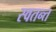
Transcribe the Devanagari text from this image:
स्वतन्त